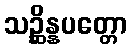
သဉ္ဆိန္နပတ္တော